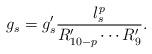
LaTeX: \begin{align*}g_s = g_s^{\prime} \frac{l_s^p}{R^{\prime}_{10-p} \cdots R^{\prime}_9} .\end{align*}